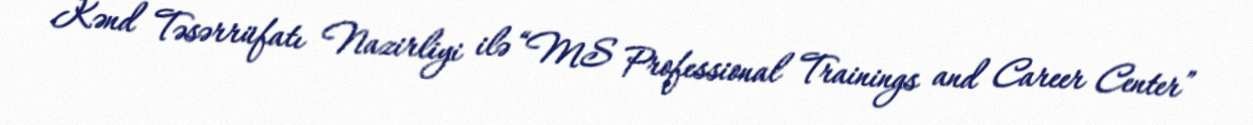
Kənd Təsərrüfatı Nazirliyi ilə “MS Professional Trainings and Career Center”